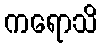
ကရောသိ